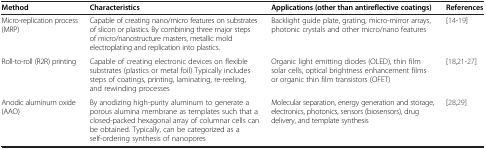
<table><thead><tr><td><b>Method</b></td><td><b>Characteristics</b></td><td><b>Applications (other than antireflective coatings)</b></td><td><b>References</b></td></tr></thead><tbody><tr><td>Micro-replication process (MRP)</td><td>Capable of creating nano/micro features on substrates of slicon or plastics. By combining three major steps of micro/nanostructure masters, metallic mold electroplating and replication into plastics.</td><td>Backlight guide plate, grating, micro-mirror arrays, photonic crystals and other micro/nano features</td><td>[14-19]</td></tr><tr><td>Roll-to-roll (R2R) printing</td><td>Capable of creating electronic devices on flexible substrates (plastics or metal foil) Typically includes steps of coatings, printing, laminating, re-reeling, and rewinding processes</td><td>Organic light emitting diodes (OLED), thin film solar cells, optical brightness enhancement films or organic thin film transistors (OFET)</td><td>[18,21-27]</td></tr><tr><td>Anodic aluminum oxide (AAO)</td><td>By anodizing high-purity aluminum to generate a porous alumina membrane as templates such that a closed-packed hexagonal array of columnar cells can be obtained. Typically, can be categorized as a self-ordering synthesis of nanopores</td><td>Molecular separation, energy generation and storage, electronics, photonics, sensors (biosensors), drug delivery, and template synthesis</td><td>[28,29]</td></tr></tbody></table>